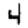
Digit: 4